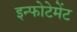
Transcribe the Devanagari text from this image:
इन्फोटेमेंट